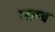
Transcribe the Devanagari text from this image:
साम्व